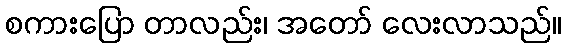
စကားပြော တာလည်း၊ အတော် လေးလာသည်။